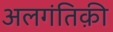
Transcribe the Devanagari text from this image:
अलगंतिक़ी